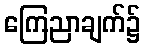
ကြေညာချက်၌